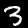
Label: 3